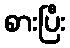
စားပြီး